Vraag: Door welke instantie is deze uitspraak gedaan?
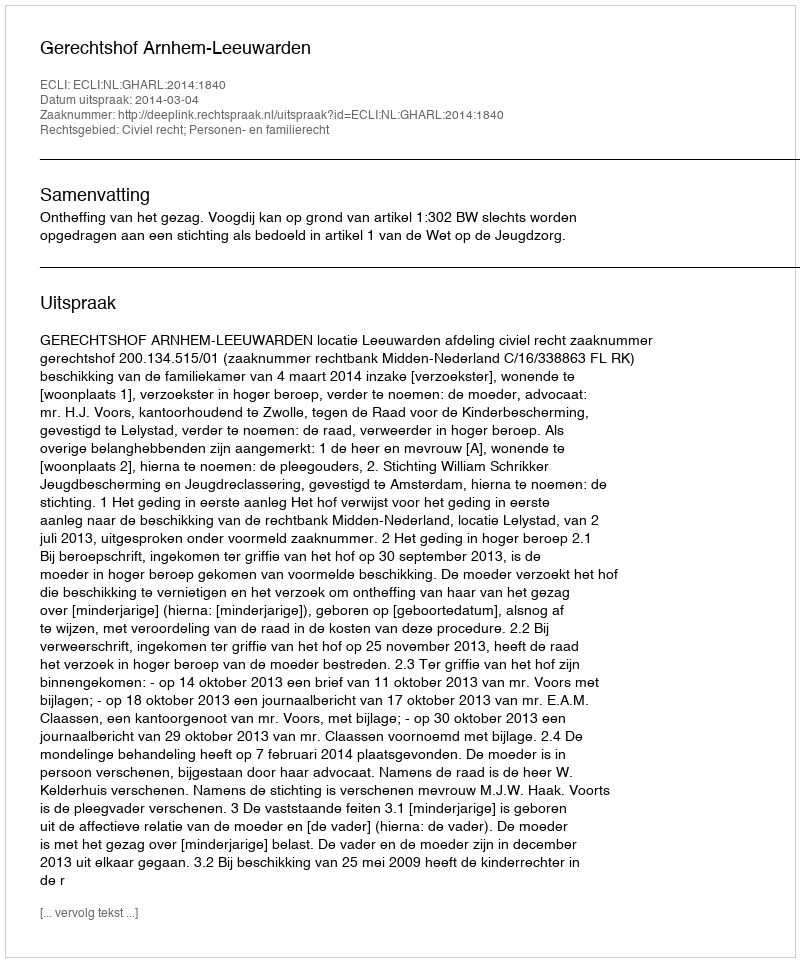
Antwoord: Gerechtshof Arnhem-Leeuwarden